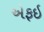
એફઇ